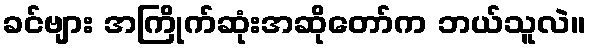
ခင်ဗျား အကြိုက်ဆုံးအဆိုတော်က ဘယ်သူလဲ။